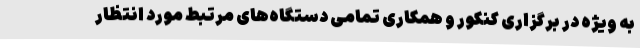
به ویژه در برگزاری کنکور و همکاری تمامی دستگاه‌های مرتبط مورد انتظار